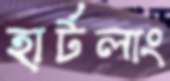
হার্টলাং